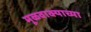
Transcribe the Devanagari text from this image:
मूळवाक्याच्या